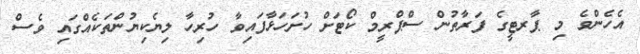
އެހެންވެ މި ޕާރޓީގެ ފަރާތުން ސްޕްރީމް ކޯޓަށް ހުށަހަޅާފައިވާ ހުރިހާ ލިޔެކިޔުންތަކެއްގައި ވެސް